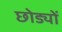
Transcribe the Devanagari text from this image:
छोड्यों